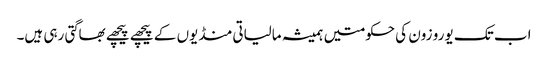
اب تک یورو زون کی حکومتیں ہمیشہ مالیاتی منڈیوں کے پیچھے پیچھے بھاگتی رہی ہیں۔